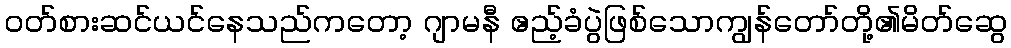
ဝတ်စားဆင်ယင်နေသည်ကတော့ ဂျာမနီ ဧည့်ခံပွဲဖြစ်သောကျွန်တော်တို့၏မိတ်ဆွေ